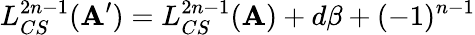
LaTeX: L_{CS}^{2n-1}({\mathbf A}^{\prime})=L_{CS}^{2n-1}({\mathbf A})+d\beta+(-1)^{n-1}